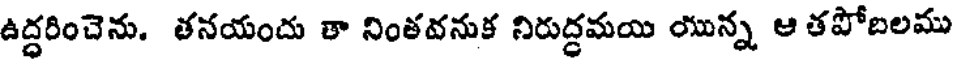
ఉద్ధరించెను. తనయందు తా నింతవనుక నిరుద్ధమయి యున్న ఆ తపోదిలము